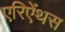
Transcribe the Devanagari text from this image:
एरिऐंथस